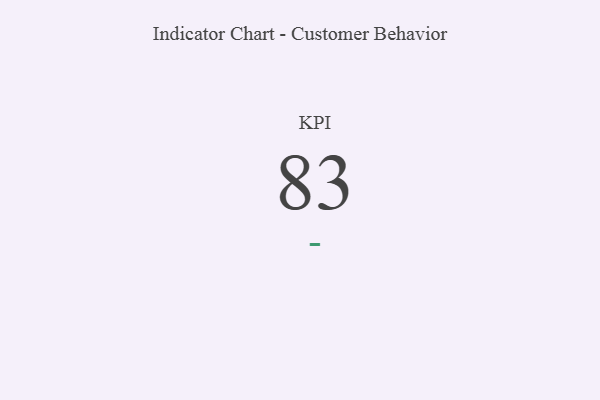
{"axis": {"x": "KPI", "y": "Value"}, "legend": [""], "data": [{"x": "KPI", "y": 83, "type": ""}]}